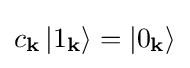
c_{\mathbf {k} }\left|1_{\mathbf {k} }\right\rangle =\left|0_{\mathbf {k} }\right\rangle